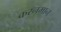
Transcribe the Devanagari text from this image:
करनमान